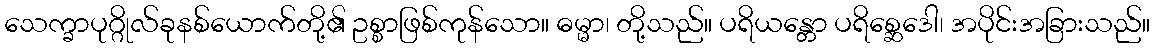
သေက္ခာပုဂ္ဂိုလ်ခုနစ်ယောက်တို့၏ ဥစ္စာဖြစ်ကုန်သော။ ဓမ္မာ၊ တို့သည်။ ပရိယန္တော ပရိစ္ဆေဒေါ၊ အပိုင်းအခြားသည်။